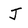
Character: J